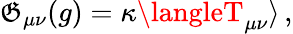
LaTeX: {\cal\mathfrak{G}}_{\mu\nu}(g)=\kappa\langleT_{\mu\nu}\rangle\, ,